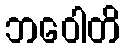
ဘဝေါတိ